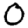
Digit: 0